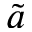
\tilde { a }